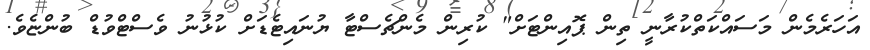
އަހަރެމެން މަސައްކަތްކުރާނީ ތިން ޕޮއިންޓަށް" ކުރިން މެންޗެސްޓާ ޔުނައިޓެޑަށް ކުޅުނު ވެސްޓްވުޑް ބުންޏެވެ.